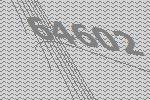
64602